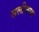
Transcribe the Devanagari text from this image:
सलीमया